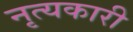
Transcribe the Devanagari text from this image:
नृत्यकारी